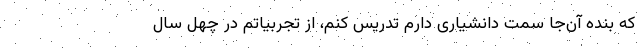
که بنده آن‌جا سمت دانشیاری دارم تدریس کنم، از تجربیاتم در چهل سال